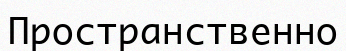
Пространственно